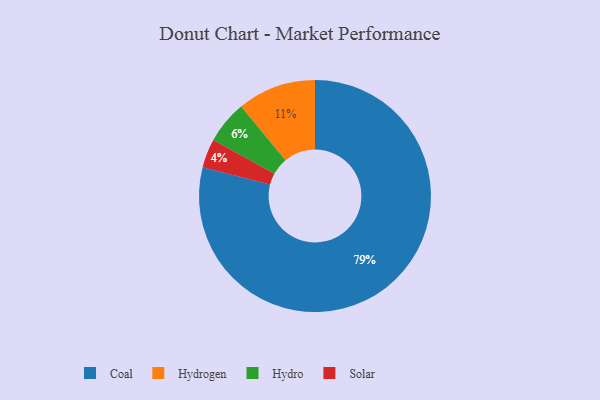
{"axis": {"x": "Category", "y": "Percentage"}, "legend": ["Coal", "Hydro", "Hydrogen", "Solar"], "data": [{"x": "Coal", "y": 79, "type": "Coal"}, {"x": "Hydrogen", "y": 11, "type": "Hydrogen"}, {"x": "Solar", "y": 4, "type": "Solar"}, {"x": "Hydro", "y": 6, "type": "Hydro"}]}